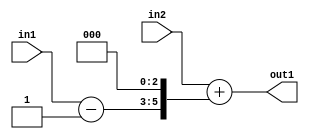
`timescale 1ps / 1ps
/*****************************************************************************
    Verilog RTL Description
    
    
    Created by: Stratus DpOpt 21.05.01 
*******************************************************************************/

module dut_Add2Cati0Subi1u3u6_4 (
	in2,
	in1,
	out1
	); /* architecture "behavioural" */ 
input [5:0] in2;
input [2:0] in1;
output [5:0] out1;
wire [5:0] asc001,
	asc002;
wire [2:0] asc004;

assign asc004 = 
	+(in1)
	-(3'B001);

assign asc002 = {asc004,3'B000};

assign asc001 = 
	+(in2)
	+(asc002);

assign out1 = asc001;
endmodule

/* CADENCE  uLHyQwE= : u9/ySxbfrwZIxEzHVQQV8Q== ** DO NOT EDIT THIS LINE ******/